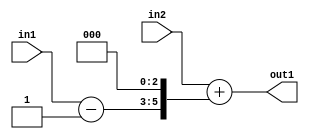
`timescale 1ps / 1ps
/*****************************************************************************
    Verilog RTL Description
    
    
    Created by: Stratus DpOpt 21.05.01 
*******************************************************************************/

module dut_Add2Cati0Subi1u3u6_4 (
	in2,
	in1,
	out1
	); /* architecture "behavioural" */ 
input [5:0] in2;
input [2:0] in1;
output [5:0] out1;
wire [5:0] asc001,
	asc002;
wire [2:0] asc004;

assign asc004 = 
	+(in1)
	-(3'B001);

assign asc002 = {asc004,3'B000};

assign asc001 = 
	+(in2)
	+(asc002);

assign out1 = asc001;
endmodule

/* CADENCE  uLHyQwE= : u9/ySxbfrwZIxEzHVQQV8Q== ** DO NOT EDIT THIS LINE ******/